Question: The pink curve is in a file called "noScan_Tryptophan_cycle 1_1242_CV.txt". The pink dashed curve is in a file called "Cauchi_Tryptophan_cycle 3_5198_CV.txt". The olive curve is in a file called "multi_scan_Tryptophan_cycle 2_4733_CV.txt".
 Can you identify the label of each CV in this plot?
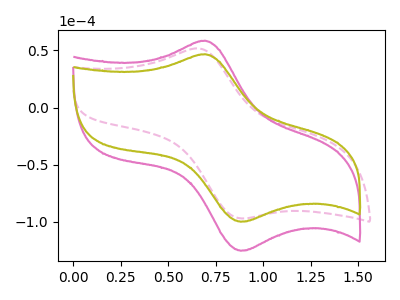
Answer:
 <answer>The pink curve is labeled "Tryptophan cycle 1". The pink dashed curve is labeled "Tryptophan cycle 3". The olive curve is labeled "Tryptophan cycle 2".</answer>
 <eval></eval>